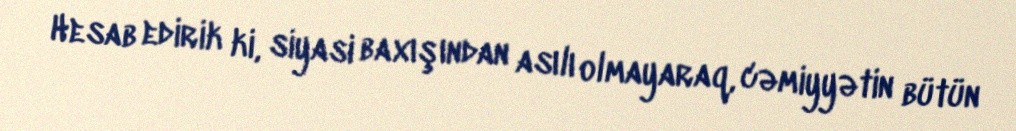
Hesab edirik ki, siyasi baxışından asılı olmayaraq, cəmiyyətin bütün